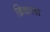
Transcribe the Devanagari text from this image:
ब्रिकला